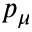
p _ { \mu }